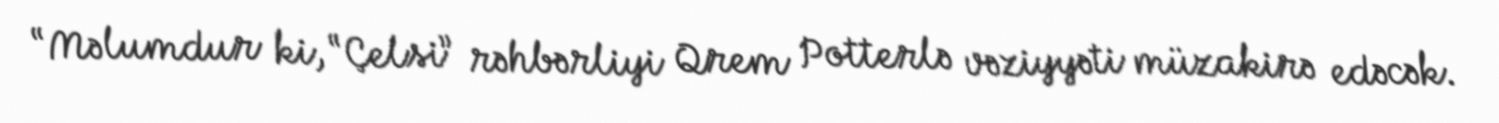
“Məlumdur ki, “Çelsi” rəhbərliyi Qrem Potterlə vəziyyəti müzakirə edəcək.